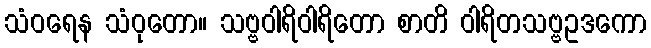
သံဝရေန သံဝုတော။ သဗ္ဗဝါရိဝါရိတော စာတိ ဝါရိတသဗ္ဗဥဒကော